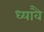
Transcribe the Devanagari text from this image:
ध्यावै